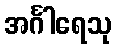
အင်္ဂါရေသု